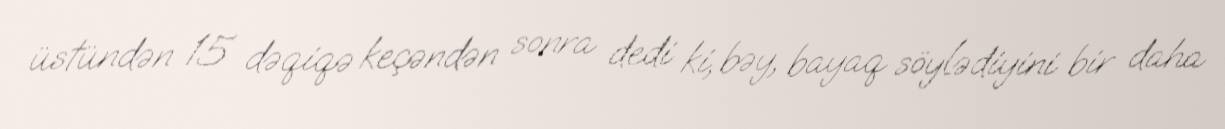
üstündən 15 dəqiqə keçəndən sonra dedi ki, bəy, bayaq söylədiyini bir daha